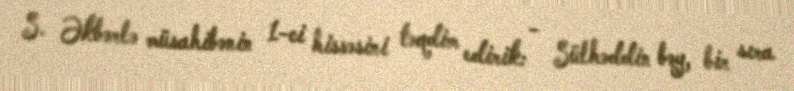
S. Əkbərlə müsahibənin 1-ci hissəsini təqdim edirik: - Sülhəddin bəy, bir sıra